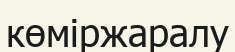
көміржаралу